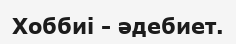
Хоббиі - әдебиет.